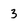
Character: 3